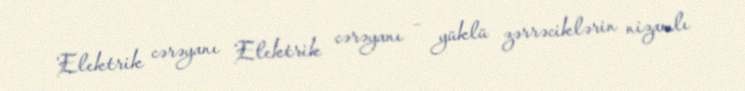
Elektrik cərəyanı Elektrik cərəyanı – yüklü zərrəciklərin nizamlı